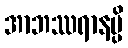
အာဘဿရာနမ္ပိ